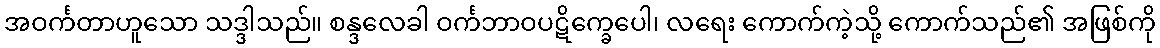
အဝင်္ကတာဟူသော သဒ္ဒါသည်။ စန္ဒလေခါ ဝင်္ကဘာဝပဋိက္ခေပေါ၊ လရေး ကောက်ကဲ့သို့ ကောက်သည်၏ အဖြစ်ကို